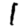
Digit: 1